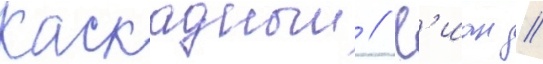
Каскадныи // К'иан //